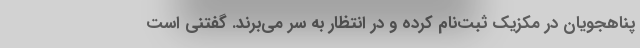
پناهجویان در مکزیک ثبت‌نام کرده و در انتظار به سر می‌برند. گفتنی است